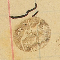
رىس سليم باز ١٨٨٣